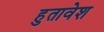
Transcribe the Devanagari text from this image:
हुतावेश